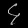
Digit: ၄